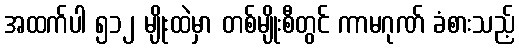
အထက်ပါ ၅၁၂ မျိုးထဲမှာ တစ်မျိုးစီတွင် ကာမဂုဏ် ခံစားသည့်